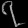
Digit: ၇